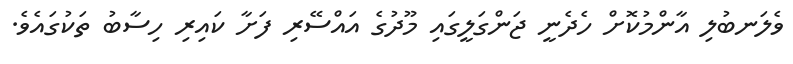
ވެލަނބުލި އާންމުކޮށް ހެދެނީ ޖަންގަލީގައި މޫދުގެ އައްސޭރި ފަށާ ކައިރި ހިސާބު ތަކުގައެވެ.